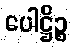
ပေါဋ္ဌိဉ္စ